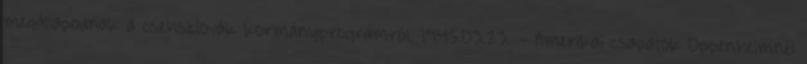
megállapodnak a csehszlovák kormányprogramról. 1945.03.23. - Amerikai csapatok Oppenheimnél